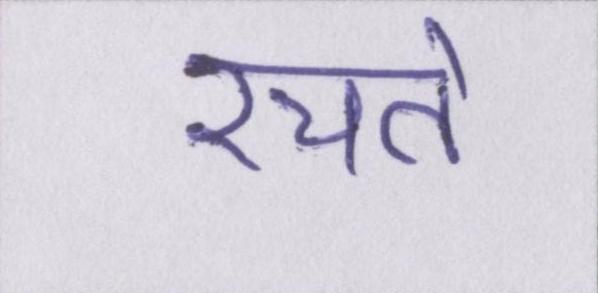
रचते